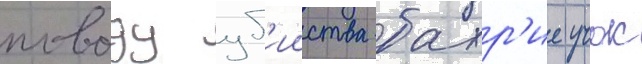
поводу уб'ииства бахр'ие учок